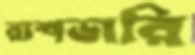
রাশভারি